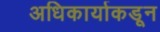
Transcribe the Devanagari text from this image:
अधिकार्याकडून